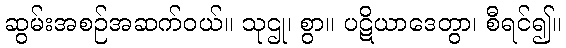
ဆွမ်းအစဉ်အဆက်ဝယ်။ သုဌု၊ စွာ။ ပဋိယာဒေတွာ၊ စီရင်၍။